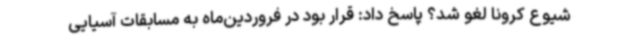
شیوع کرونا لغو شد؟ پاسخ داد: قرار بود در فروردین‌ماه به مسابقات آسیایی